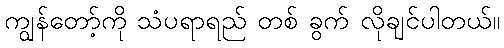
ကျွန်တော့်ကို သံပရာရည် တစ် ခွက် လိုချင်ပါတယ်။